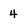
Character: 4